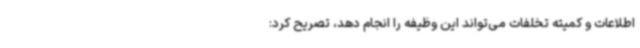
اطلاعات و کمیته تخلفات می‌تواند این وظیفه را انجام دهد، تصریح کرد: